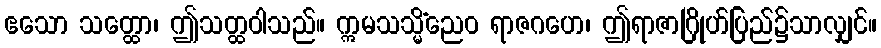
ဧသော သတ္ထော၊ ဤသတ္ထဝါသည်။ ဣမသသ္မိံညေဝ ရာဇဂဟေ၊ ဤရာဇာဂြိုဟ်ပြည်၌သာလျှင်။